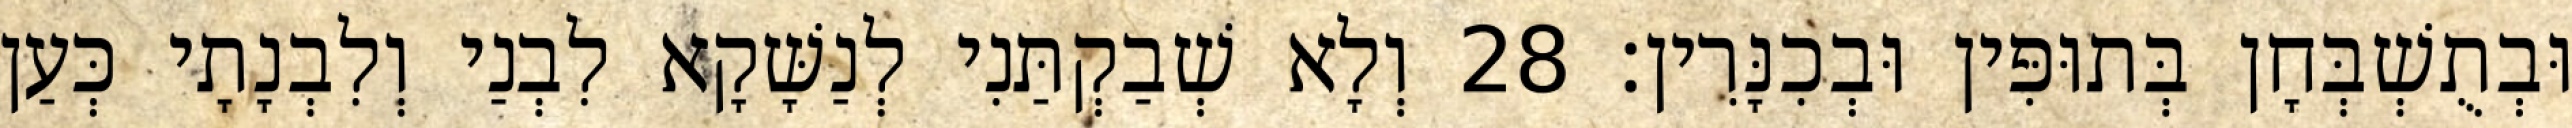
וּבְתֻשְׁבְּחָן בְּתוּפִּין וּבְכִנָּרִין׃ 28 וְלָא שְׁבַקְתַּנִי לְנַשָּׁקָא לִבְנַי וְלִבְנָתָי כְּעַן